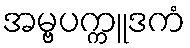
အမ္ဗပက္ကူဒကံ